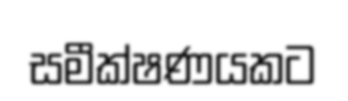
සමීක්ෂණයකට